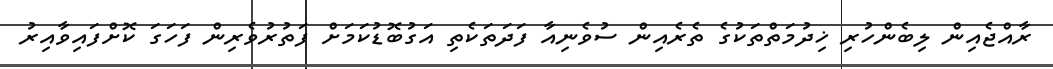
ރާއްޖެއިން ލިބެންހުރި ޚިދުމަތްތަކުގެ ތެރެއިން ސުވެނިއާ ފަދަތަކެތި އަގުބޮޑުކަމަށް ފަތުރުވެރިން ފަހަގަ ކޮށްފައިވާއިރު